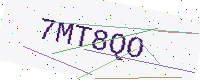
Text: 7MT8QO